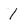
Character: 1